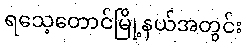
ရသေ့တောင်မြို့နယ်အတွင်း